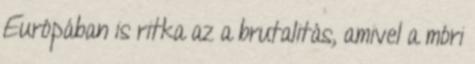
Európában is ritka az a brutalitás, amivel a móri